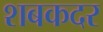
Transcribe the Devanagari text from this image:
शबकदर